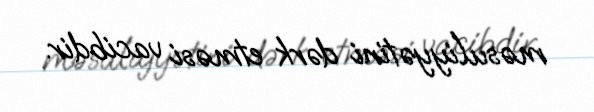
məsuliyyətini dərk etməsi vacibdir.